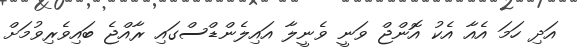
އަދި ހަމަ އެއާ އެކު އޮންޖް ވަނީ ވެނީލާ އައިލެންޑްސްގައި ރާއްޖެ ބައިވެރިވުމަށް